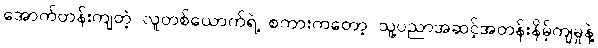
အောက်တန်းကျတဲ့ လူတစ်ယောက်ရဲ့ စကားကတော့ သူ့ပညာအဆင့်အတန်းနိမ့်ကျမှုနဲ့